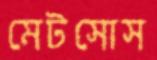
মেটসোস